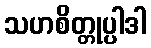
သဟစိတ္တုပ္ပါဒါ